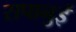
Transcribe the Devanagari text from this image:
रापानुई